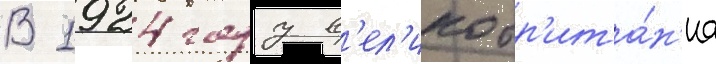
В 1924 году в'ел'икобр'ита́н'иа